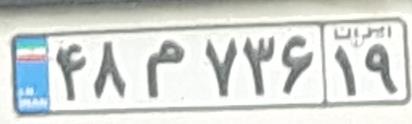
۴۸م۷۳۶۱۹